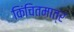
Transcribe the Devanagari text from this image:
किंचितमात्र